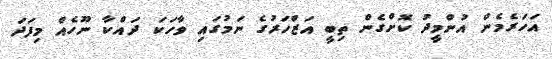
އަހަރެމެން އުންމީދު ކޮށްގެން ތިބީ އަޒްހަރުގެ ނަމުގައި ވާހަކަ ދައްކާ ނޫހެއް މިފަދަ